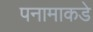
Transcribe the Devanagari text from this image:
पनामाकडे